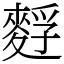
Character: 䴸